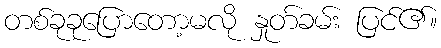
တစ်ခုခုပြောတော့မလို နှုတ်ခမ်း ပြင်၏။